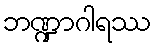
ဘဏ္ဍာဂါရဿ